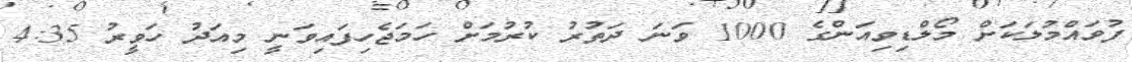
ފުވައްމުލަކަށް މޯލްޑިވިއަންގެ 1000 ވަނަ ދަތުރު ކުރުމަށް ހަމަޖެހިފައިވަނީ މިއަދު ހަވީރު 4:35